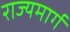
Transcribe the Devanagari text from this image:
राज्‍यमार्ग